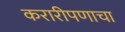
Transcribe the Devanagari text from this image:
करारीपणाचा